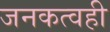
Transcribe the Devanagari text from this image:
जनकत्वही